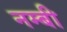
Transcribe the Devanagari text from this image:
नम्बी